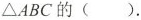
△ABC的( )。